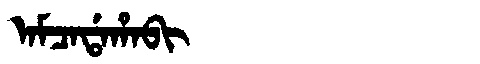
Manchu: ᠠᠮᠴᠠᡩᠠᡥᠠᠪᡳ
Romanization: AMCADAHABI